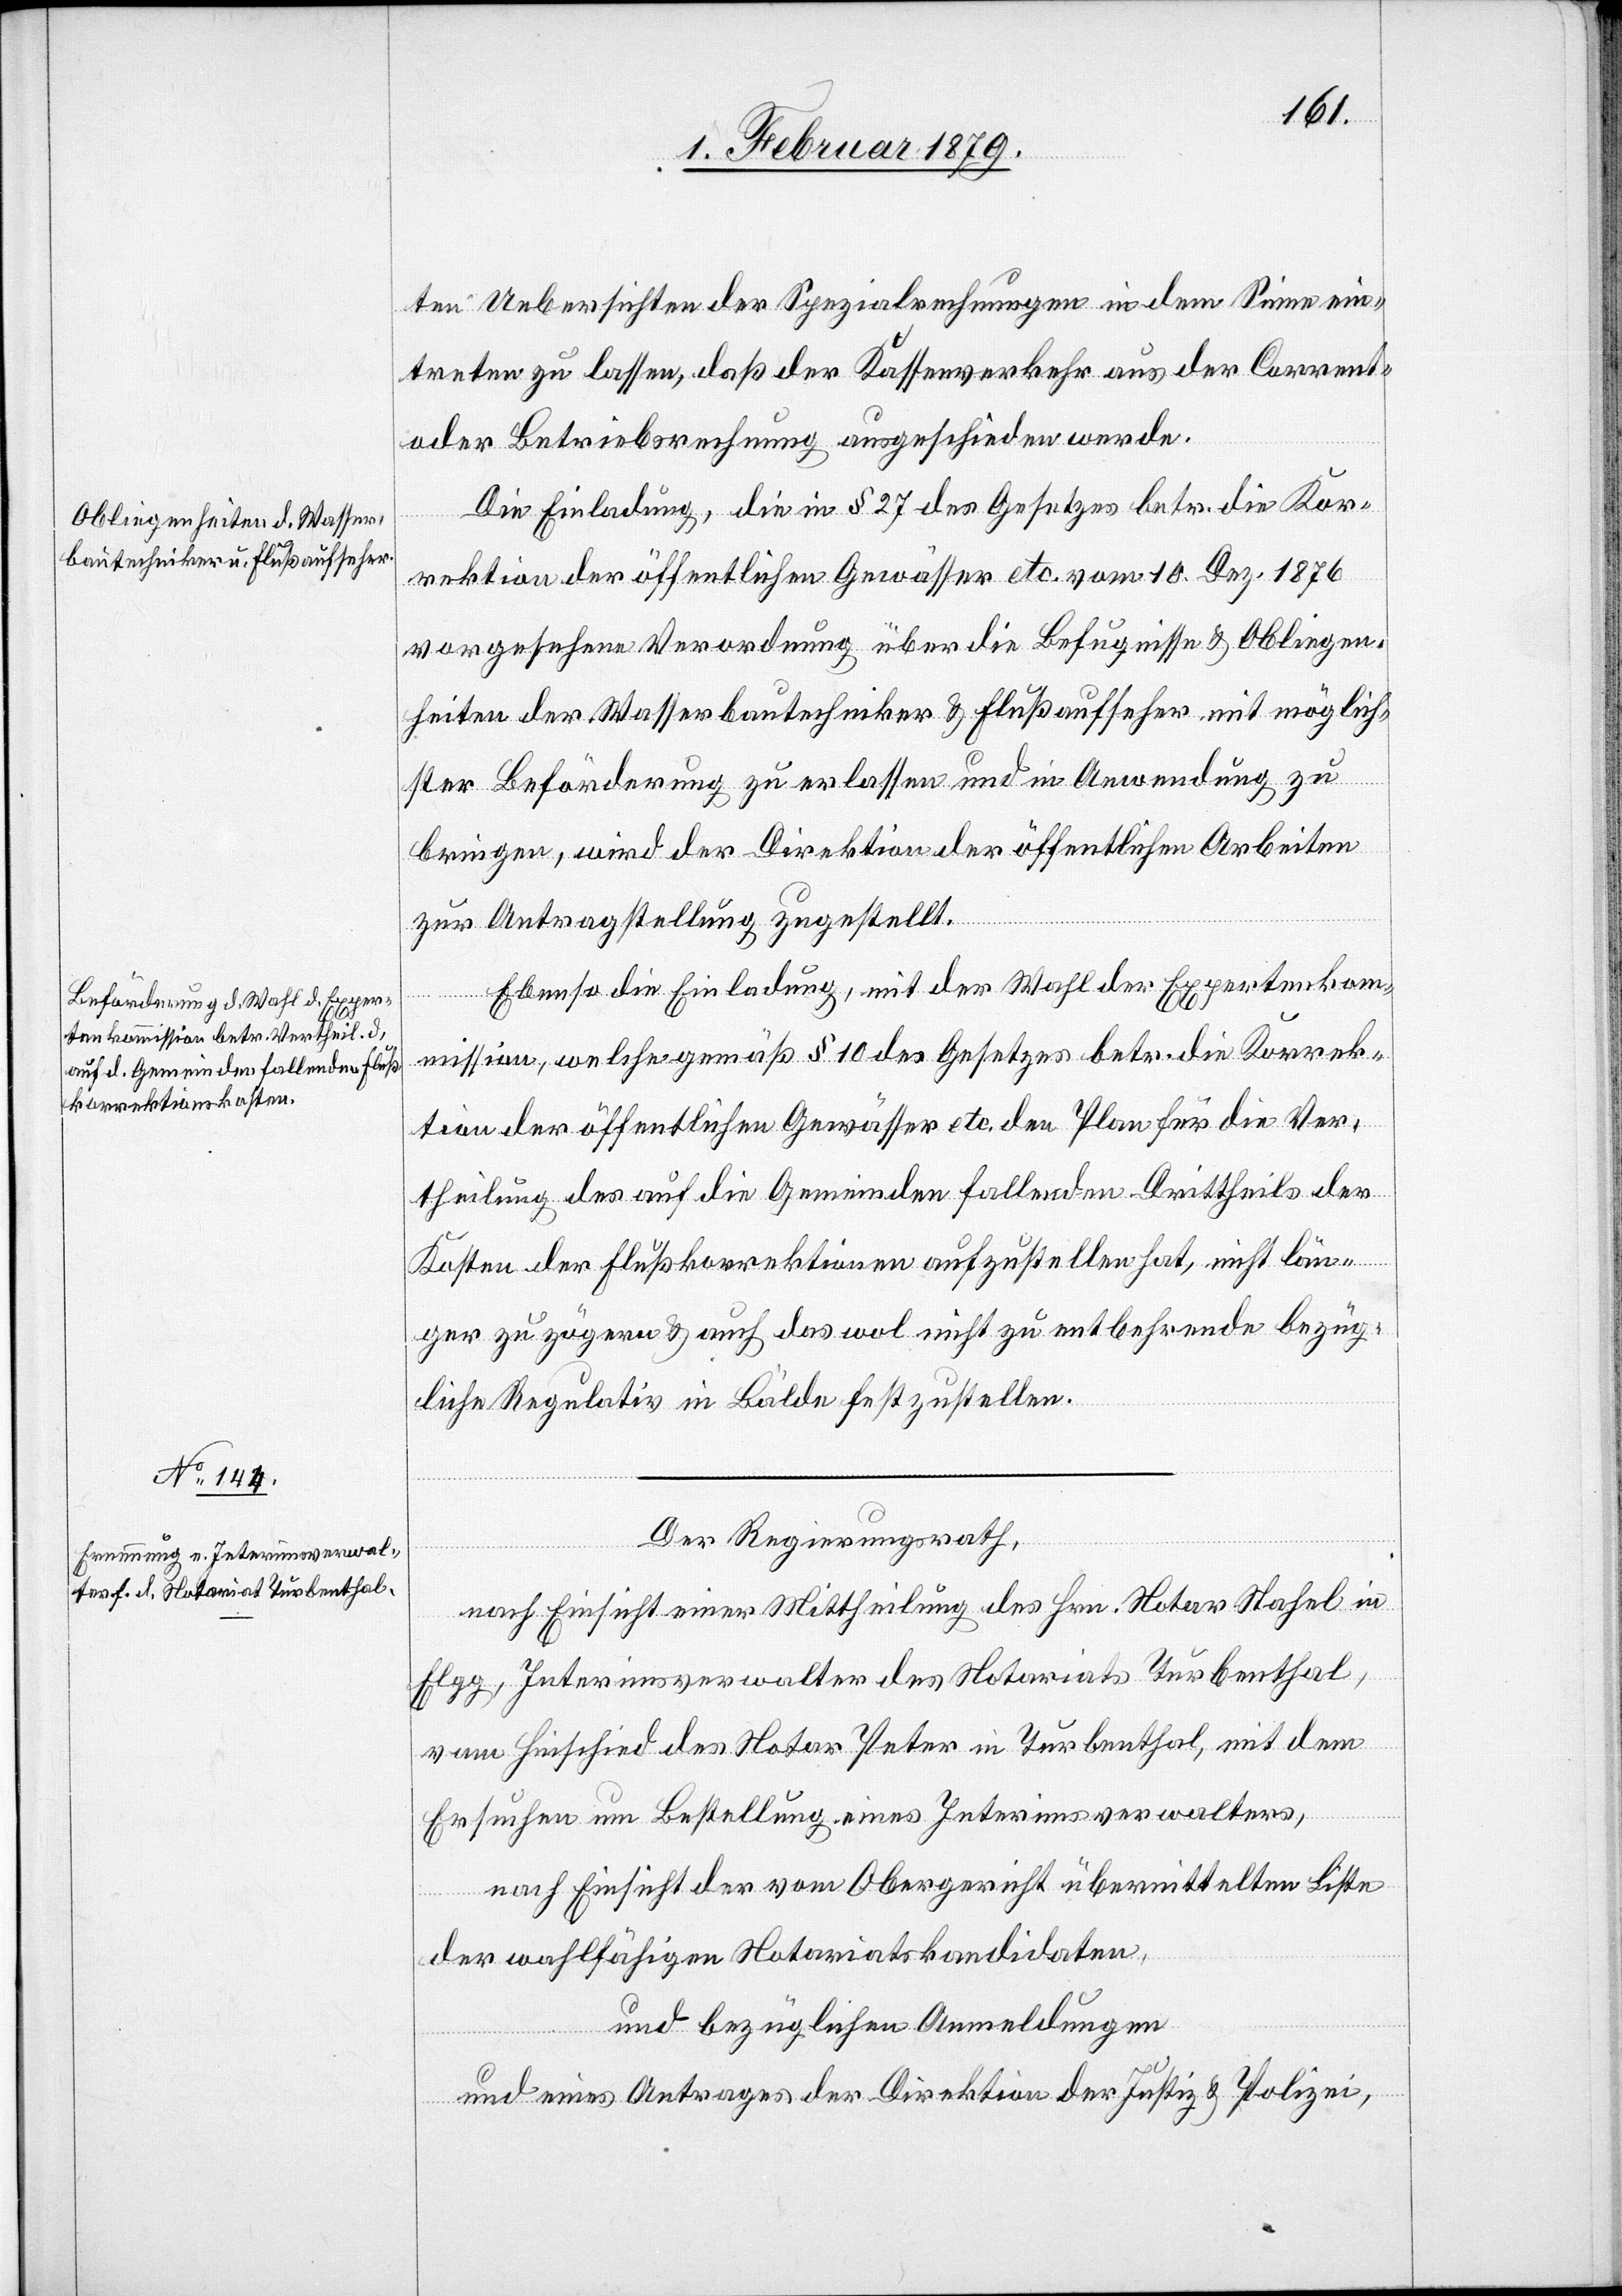
ten Uebersichten der Spezialrechnungen in dem Sinne ein¬
treten zu lassen, daß der Kassenverkehr aus der Corrent-
oder Betriebsrechnung ausgeschieden werde.
Die Einladung, die in § 27 des Gesetzes betr. die Kor¬
rektion der öffentlichen Gewässer etc. vom 10. Dez. 1876
vorgesehene Verordnung über die Befugnisse & Obliegen¬
heiten der Wasserbautechniker & Flußaufseher mit möglich¬
Expertenk¬
ster Beförderung zu erlassen und in Anwendung zu
bringen, wird der Direktion der öffentlichen Arbeiten
zur Antragstellung zugestellt.
ommission, welche gemäß § 10 des Gesetzes betr. die Korrek¬
tion der öffentlichen Gewässer etc. den Plan für die Ver¬
theilung des auf die Gemeinden fallenden Drittheils der
Kosten der Flußkorrektionen aufzustellen hat, nicht län¬
ger zu zögern & auch das wol nicht zu entbehrende bezüg¬
liche Regulativ in Bälde festzustellen.
Der Regierungsrath,
nach Einsicht einer Mittheilung des Hrn. Notar Stahel in
Elgg, Interimsverwalter des Notariats Turbenthal,
vom Hinschied des Notar Peter in Turbenthal, mit dem
Ersuchen um Bestellung eines Interimsverwalters,
nach Einsicht der vom Obergericht übermittelten Liste
der wahlfähigen Notariatskandidaten,
und bezüglichen Anmeldungen
und eines Antrages der Direktion der Justiz & Polizei,